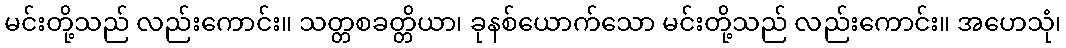
မင်းတို့သည် လည်းကောင်း။ သတ္တစခတ္တိယာ၊ ခုနစ်ယောက်သော မင်းတို့သည် လည်းကောင်း။ အဟေသုံ၊